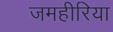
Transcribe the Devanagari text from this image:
जमहीरिया